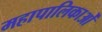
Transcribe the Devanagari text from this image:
महापालिकाओं